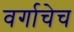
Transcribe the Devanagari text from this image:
वर्गाचेच